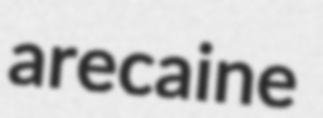
arecaine